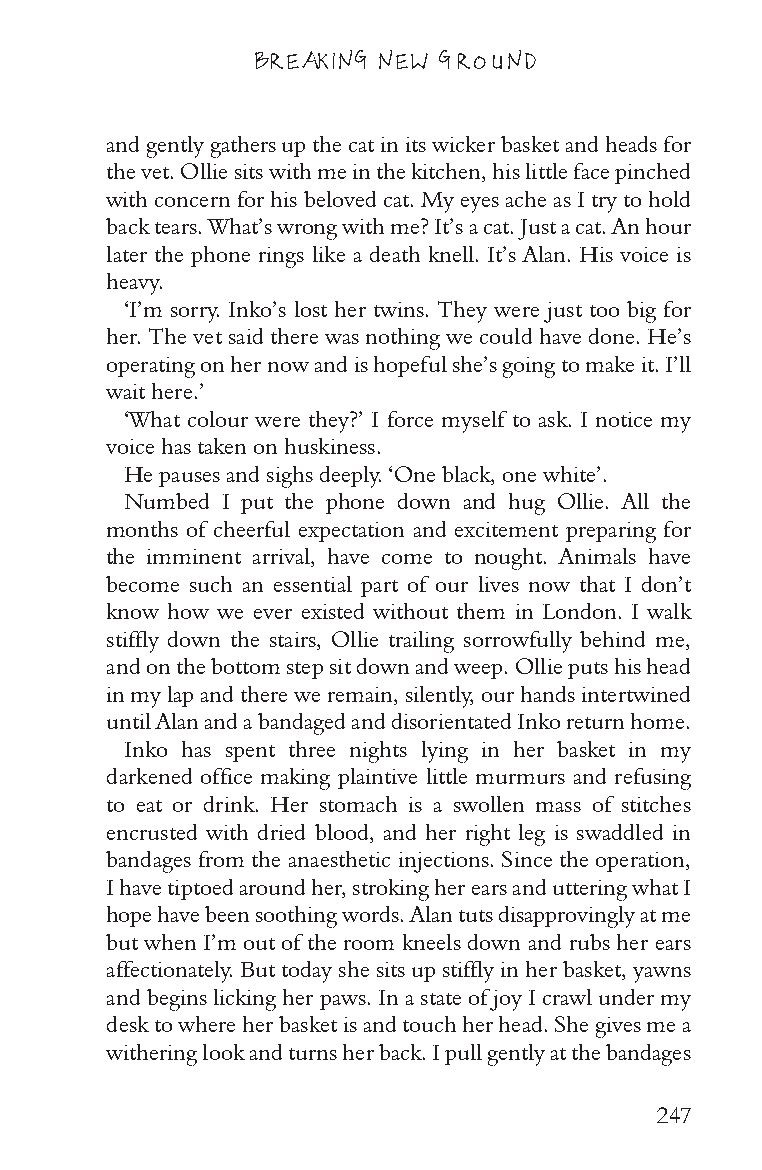
BREAKING NEW GROUND
 and gently gathers up the cat in its wicker basket and heads for
 the vet. Ollie sits with me in the kitchen, his little face pinched
 with concern for his beloved cat. My eyes ache as I try to hold
 back tears. What’s wrong with me? It’s a cat. Just a cat. An hour
 later the phone rings like a death knell. It’s Alan. His voice is
 heavy.
 ‘I’m sorry. Inko’s lost her twins. They were just too big for
 her. The vet said there was nothing we could have done. He’s
 operating on her now and is hopeful she’s going to make it. I’ll
 wait here.’
 ‘What colour were they?’ I force myself to ask. I notice my
 voice has taken on huskiness.
 He pauses and sighs deeply. ‘One black, one white’.
 Numbed I put the phone down and hug Ollie. All the
 months of cheerful expectation and excitement preparing for
 the imminent arrival, have come to nought. Animals have
 become such an essential part of our lives now that I don’t
 know how we ever existed without them in London. I walk
 stiffly down the stairs, Ollie trailing sorrowfully behind me,
 and on the bottom step sit down and weep. Ollie puts his head
 in my lap and there we remain, silently, our hands intertwined
 until Alan and a bandaged and disorientated Inko return home.
 Inko has spent three nights lying in her basket in my
 darkened office making plaintive little murmurs and refusing
 to eat or drink. Her stomach is a swollen mass of stitches
 encrusted with dried blood, and her right leg is swaddled in
 bandages from the anaesthetic injections. Since the operation,
 I have tiptoed around her, stroking her ears and uttering what I
 hope have been soothing words. Alan tuts disapprovingly at me
 but when I’m out of the room kneels down and rubs her ears
 affectionately. But today she sits up stiffly in her basket, yawns
 and begins licking her paws. In a state of joy I crawl under my
 desk to where her basket is and touch her head. She gives me a
 withering look and turns her back. I pull gently at the bandages
 247